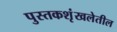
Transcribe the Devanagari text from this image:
पुस्तकशृंखलेतील